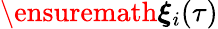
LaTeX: \ensuremath{\boldsymbol{\xi}}_{i}(\tau)